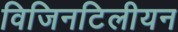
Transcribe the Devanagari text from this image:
विजिनटिलीयन